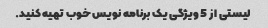
لیستی از 5 ویژگی یک برنامه نویس خوب تهیه کنید.